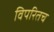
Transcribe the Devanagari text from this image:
विपरितच